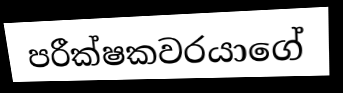
පරීක්ෂකවරයාගේ